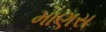
માણસ